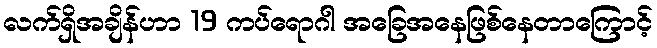
လက်ရှိအချိန်ဟာ 19 ကပ်ရောဂါ အခြေအနေဖြစ်နေတာကြောင့်